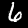
Digit: 6